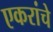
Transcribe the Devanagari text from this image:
एकरांचे